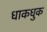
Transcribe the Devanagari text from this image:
धाकधुक